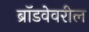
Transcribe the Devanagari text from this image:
ब्रॉडवेवरील